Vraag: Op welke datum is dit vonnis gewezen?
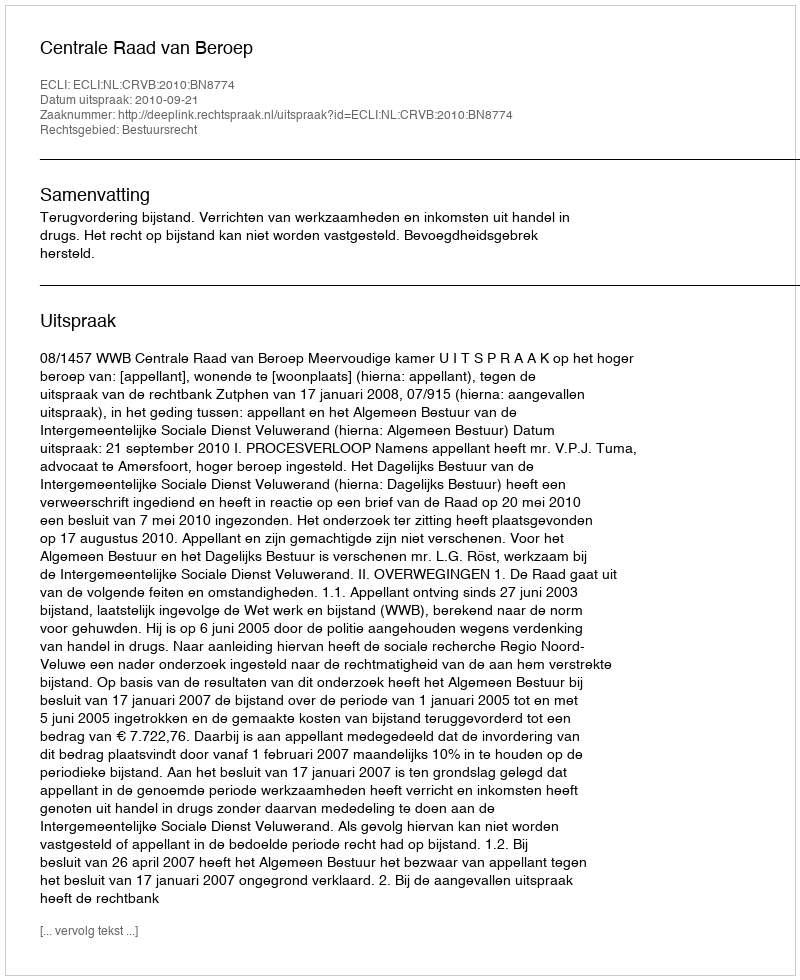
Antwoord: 2010-09-21